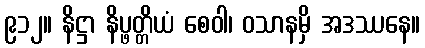
၉၁၂။ နိဋ္ဌာ နိပ္ဖတ္တိယံ စေဝါ၊ ဝသာနမှိ အဒဿနေ။